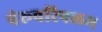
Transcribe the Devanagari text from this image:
पेरूवरिपलम